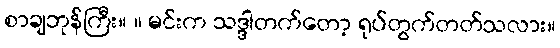
စာချဘုန်ကြီး။ ။ မင်းက သဒ္ဒါတက်တော့ ရုပ်တွက်တတ်သလား။